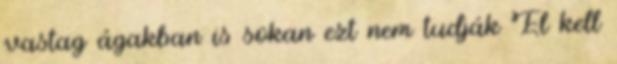
vastag ágakban is sokan ezt nem tudják El kell